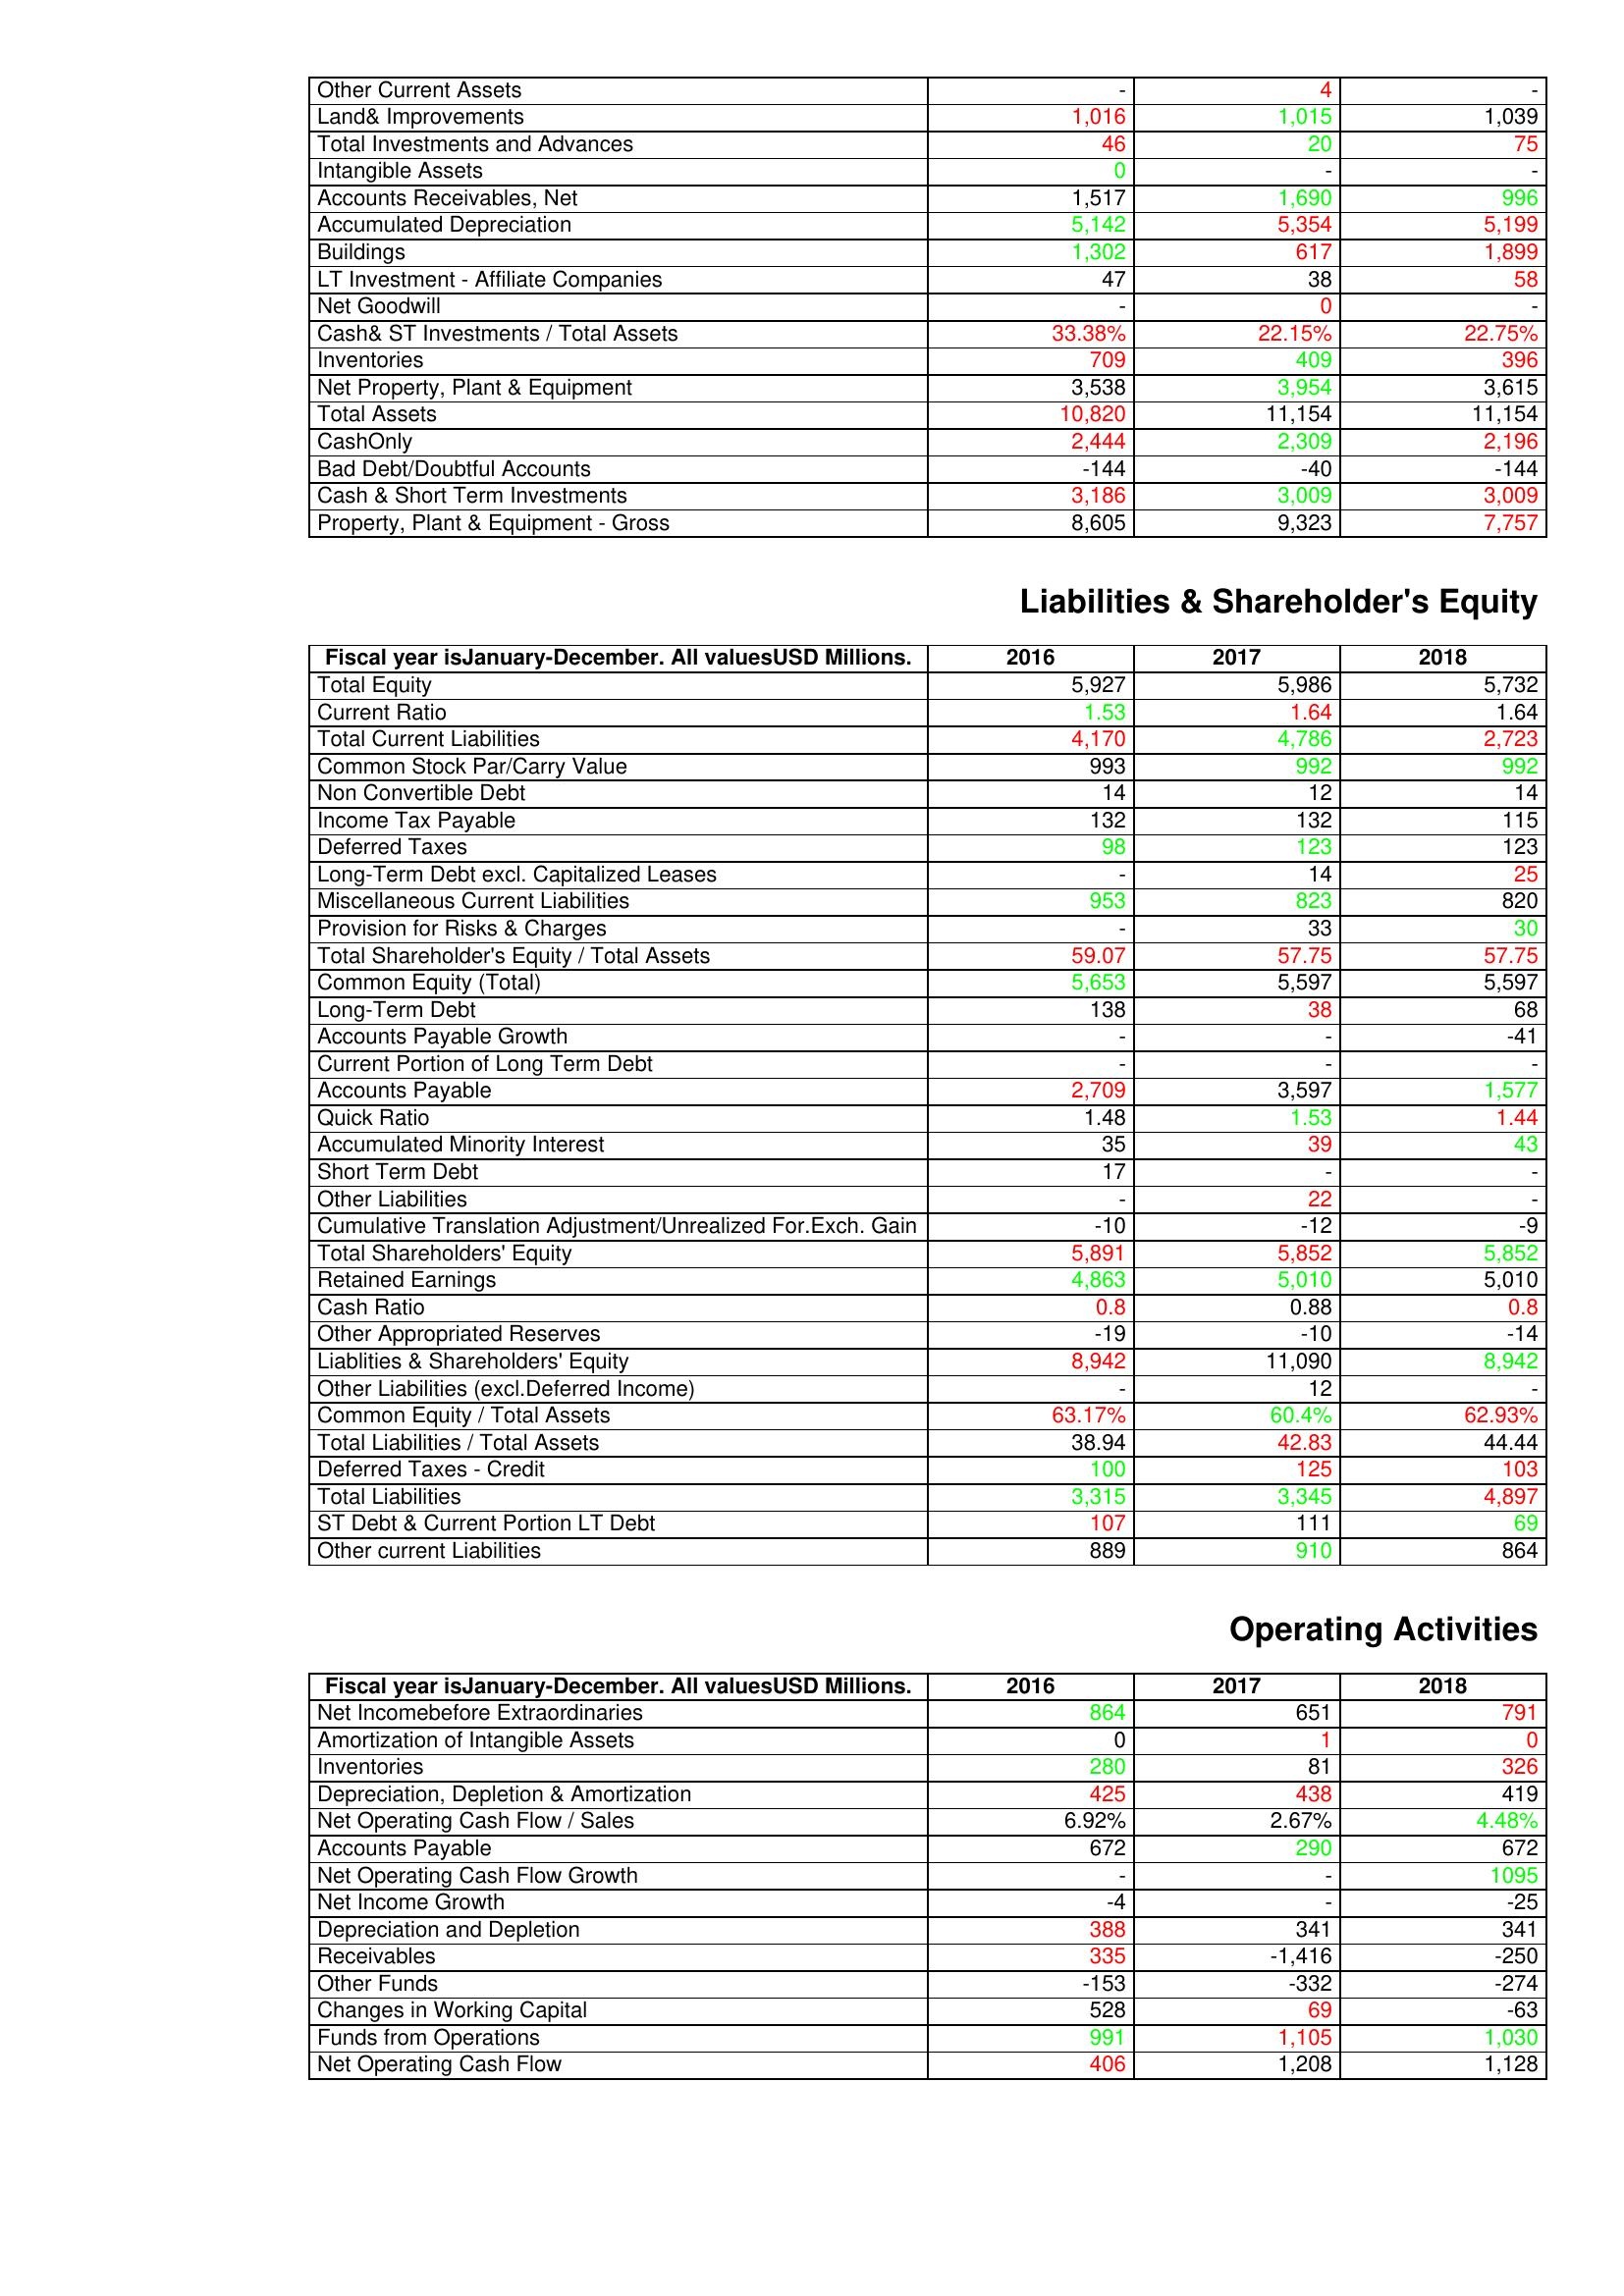
gt_parse: 2016: Assets: Other Current Assets: -
Land& Improvements: 1,016
Total Investments and Advances: 46
Intangible Assets: 0
Accounts Receivables, Net: 1,517
Accumulated Depreciation: 5,142
Buildings: 1,302
LT Investment - Affiliate Companies: 47
Net Goodwill: -
Cash& ST Investments / Total Assets: 33.38%
Inventories: 709
Net Property, Plant & Equipment: 3,538
Total Assets: 10,820
CashOnly: 2,444
Bad Debt/Doubtful Accounts: -144
Cash & Short Term Investments: 3,186
Property, Plant & Equipment - Gross : 8,605
Liabilities & Shareholder's Equity: Total Equity: 5,927
Current Ratio: 1.53
Total Current Liabilities: 4,170
Common Stock Par/Carry Value: 993
Non Convertible Debt: 14
Income Tax Payable: 132
Deferred Taxes: 98
Long-Term Debt excl. Capitalized Leases: -
Miscellaneous Current Liabilities: 953
Provision for Risks & Charges: -
Total Shareholder's Equity / Total Assets: 59.07
Common Equity (Total): 5,653
Long-Term Debt: 138
Accounts Payable Growth: -
Current Portion of Long Term Debt: -
Accounts Payable: 2,709
Quick Ratio: 1.48
Accumulated Minority Interest: 35
Short Term Debt: 17
Other Liabilities: -
Cumulative Translation Adjustment/Unrealized For.Exch. Gain: -10
Total Shareholders' Equity: 5,891
Retained Earnings: 4,863
Cash Ratio: 0.8
Other Appropriated Reserves: -19
Liablities & Shareholders' Equity: 8,942
Other Liabilities (excl.Deferred Income): -
Common Equity / Total Assets: 63.17%
Total Liabilities / Total Assets: 38.94
Deferred Taxes - Credit: 100
Total Liabilities: 3,315
ST Debt & Current Portion LT Debt: 107
Other current Liabilities: 889
Operating Activities: Net Incomebefore Extraordinaries: 864
Amortization of Intangible Assets: 0
Inventories: 280
Depreciation, Depletion & Amortization: 425
Net Operating Cash Flow / Sales: 6.92%
Accounts Payable: 672
Net Operating Cash Flow Growth: -
Net Income Growth: -4
Depreciation and Depletion: 388
Receivables: 335
Other Funds: -153
Changes in Working Capital: 528
Funds from Operations: 991
Net Operating Cash Flow: 406
2017: Assets: Other Current Assets: 4
Land& Improvements: 1,015
Total Investments and Advances: 20
Intangible Assets: -
Accounts Receivables, Net: 1,690
Accumulated Depreciation: 5,354
Buildings: 617
LT Investment - Affiliate Companies: 38
Net Goodwill: 0
Cash& ST Investments / Total Assets: 22.15%
Inventories: 409
Net Property, Plant & Equipment: 3,954
Total Assets: 11,154
CashOnly: 2,309
Bad Debt/Doubtful Accounts: -40
Cash & Short Term Investments: 3,009
Property, Plant & Equipment - Gross : 9,323
Liabilities & Shareholder's Equity: Total Equity: 5,986
Current Ratio: 1.64
Total Current Liabilities: 4,786
Common Stock Par/Carry Value: 992
Non Convertible Debt: 12
Income Tax Payable: 132
Deferred Taxes: 123
Long-Term Debt excl. Capitalized Leases: 14
Miscellaneous Current Liabilities: 823
Provision for Risks & Charges: 33
Total Shareholder's Equity / Total Assets: 57.75
Common Equity (Total): 5,597
Long-Term Debt: 38
Accounts Payable Growth: -
Current Portion of Long Term Debt: -
Accounts Payable: 3,597
Quick Ratio: 1.53
Accumulated Minority Interest: 39
Short Term Debt: -
Other Liabilities: 22
Cumulative Translation Adjustment/Unrealized For.Exch. Gain: -12
Total Shareholders' Equity: 5,852
Retained Earnings: 5,010
Cash Ratio: 0.88
Other Appropriated Reserves: -10
Liablities & Shareholders' Equity: 11,090
Other Liabilities (excl.Deferred Income): 12
Common Equity / Total Assets: 60.4%
Total Liabilities / Total Assets: 42.83
Deferred Taxes - Credit: 125
Total Liabilities: 3,345
ST Debt & Current Portion LT Debt: 111
Other current Liabilities: 910
Operating Activities: Net Incomebefore Extraordinaries: 651
Amortization of Intangible Assets: 1
Inventories: 81
Depreciation, Depletion & Amortization: 438
Net Operating Cash Flow / Sales: 2.67%
Accounts Payable: 290
Net Operating Cash Flow Growth: -
Net Income Growth: -
Depreciation and Depletion: 341
Receivables: -1,416
Other Funds: -332
Changes in Working Capital: 69
Funds from Operations: 1,105
Net Operating Cash Flow: 1,208
2018: Assets: Other Current Assets: -
Land& Improvements: 1,039
Total Investments and Advances: 75
Intangible Assets: -
Accounts Receivables, Net: 996
Accumulated Depreciation: 5,199
Buildings: 1,899
LT Investment - Affiliate Companies: 58
Net Goodwill: -
Cash& ST Investments / Total Assets: 22.75%
Inventories: 396
Net Property, Plant & Equipment: 3,615
Total Assets: 11,154
CashOnly: 2,196
Bad Debt/Doubtful Accounts: -144
Cash & Short Term Investments: 3,009
Property, Plant & Equipment - Gross : 7,757
Liabilities & Shareholder's Equity: Total Equity: 5,732
Current Ratio: 1.64
Total Current Liabilities: 2,723
Common Stock Par/Carry Value: 992
Non Convertible Debt: 14
Income Tax Payable: 115
Deferred Taxes: 123
Long-Term Debt excl. Capitalized Leases: 25
Miscellaneous Current Liabilities: 820
Provision for Risks & Charges: 30
Total Shareholder's Equity / Total Assets: 57.75
Common Equity (Total): 5,597
Long-Term Debt: 68
Accounts Payable Growth: -41
Current Portion of Long Term Debt: -
Accounts Payable: 1,577
Quick Ratio: 1.44
Accumulated Minority Interest: 43
Short Term Debt: -
Other Liabilities: -
Cumulative Translation Adjustment/Unrealized For.Exch. Gain: -9
Total Shareholders' Equity: 5,852
Retained Earnings: 5,010
Cash Ratio: 0.8
Other Appropriated Reserves: -14
Liablities & Shareholders' Equity: 8,942
Other Liabilities (excl.Deferred Income): -
Common Equity / Total Assets: 62.93%
Total Liabilities / Total Assets: 44.44
Deferred Taxes - Credit: 103
Total Liabilities: 4,897
ST Debt & Current Portion LT Debt: 69
Other current Liabilities: 864
Operating Activities: Net Incomebefore Extraordinaries: 791
Amortization of Intangible Assets: 0
Inventories: 326
Depreciation, Depletion & Amortization: 419
Net Operating Cash Flow / Sales: 4.48%
Accounts Payable: 672
Net Operating Cash Flow Growth: 1095
Net Income Growth: -25
Depreciation and Depletion: 341
Receivables: -250
Other Funds: -274
Changes in Working Capital: -63
Funds from Operations: 1,030
Net Operating Cash Flow: 1,128